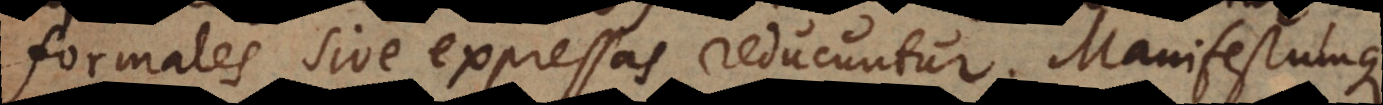
formales sive expressas reducuntur. Manifestumque